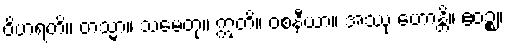
ဝိဟရတိ။ တသ္မာ။ သမေတု။ ဣတိ။ ဝစနီယာ။ အဿု ဟောန္တိ။ ဧဝဉ္စ။